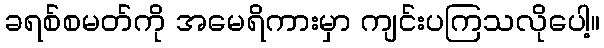
ခရစ်စမတ်ကို အမေရိကားမှာ ကျင်းပကြသလိုပေါ့။